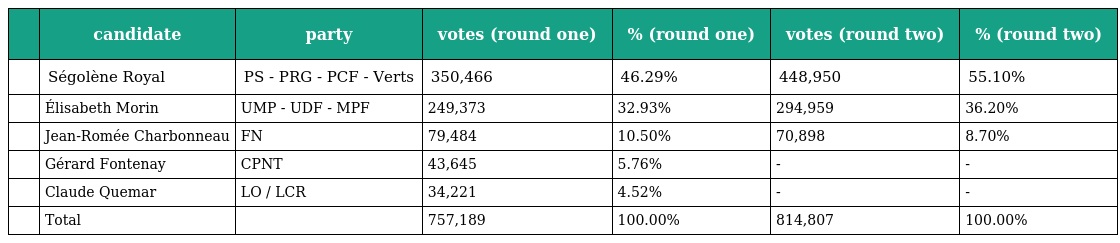
|  | candidate | party | votes (round one) | % (round one) | votes (round two) | % (round two) |
 | --- | --- | --- | --- | --- | --- | --- |
 |  | Ségolène Royal | PS - PRG - PCF - Verts | 350,466 | 46.29% | 448,950 | 55.10% |
 |  | Élisabeth Morin | UMP - UDF - MPF | 249,373 | 32.93% | 294,959 | 36.20% |
 |  | Jean-Romée Charbonneau | FN | 79,484 | 10.50% | 70,898 | 8.70% |
 |  | Gérard Fontenay | CPNT | 43,645 | 5.76% | - | - |
 |  | Claude Quemar | LO / LCR | 34,221 | 4.52% | - | - |
 |  | Total |  | 757,189 | 100.00% | 814,807 | 100.00% |